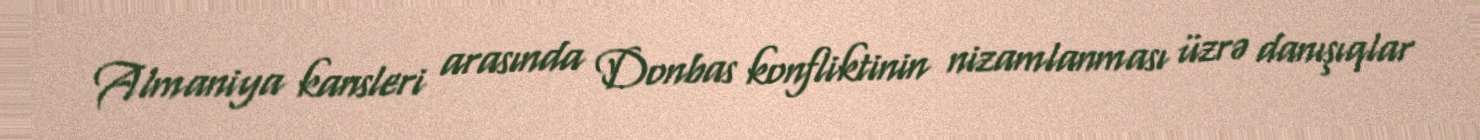
Almaniya kansleri arasında Donbas konfliktinin nizamlanması üzrə danışıqlar